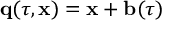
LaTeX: { \bf q } ( \tau , { \bf x } ) = { \bf x } + { \bf b } ( \tau )